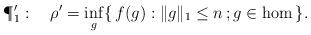
LaTeX: \begin{align*}\P'_1:\quad\rho'=\inf_g \{\,f(g):\Vert g\Vert_1 \leq n\,;g\in\hom\,\}.\end{align*}